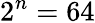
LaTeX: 2^{n}=64